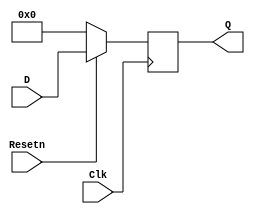
module d_ff (Clk, D, Resetn, Q);
  parameter bitwidth = 8;
  input Clk, Resetn;
  input [bitwidth-1:0] D;
  output [bitwidth-1:0] Q;
	reg [bitwidth-1:0] Q;

  always @(posedge Clk) begin
    if (!Resetn) begin
      Q <= 0;
    end
    else begin
      Q <= D;
    end
  end
endmodule

module full_adder (A, B, Cin, S, Cout);
  input A, B, Cin;
  output S, Cout;

  assign {Cout, S} = A + B + Cin;
endmodule

module addsub (A, B, MODE, S, OF);
  input [7:0] A, B;
  input MODE;
  output [7:0] S;
  output OF;
  wire [7:0] A_, Carry;

  assign A_ = (MODE) ? ~A + 8'b0000_0001 : A;
  full_adder fa0(A_[0], B[0], 1'b0, S[0], Carry[0]);
  full_adder fa1(A_[1], B[1], Carry[0], S[1], Carry[1]);
  full_adder fa2(A_[2], B[2], Carry[1], S[2], Carry[2]);
  full_adder fa3(A_[3], B[3], Carry[2], S[3], Carry[3]);
  full_adder fa4(A_[4], B[4], Carry[3], S[4], Carry[4]);
  full_adder fa5(A_[5], B[5], Carry[4], S[5], Carry[5]);
  full_adder fa6(A_[6], B[6], Carry[5], S[6], Carry[6]);
  full_adder fa7(A_[7], B[7], Carry[6], S[7], Carry[7]);
  assign OF = ((A_[7] == B[7]) && (Carry[7] != S[7])) ? 1'b1 : 1'b0;
endmodule

module addsub_8bit (Clk, A, MODE, Resetn, S, OF);
  input Clk, MODE, Resetn;
  input [7:0] A;
  output [7:0] S;
  output OF;
  wire [7:0] Aout, Sin, Sout;
  wire D, Q;

  d_ff RegA(Clk, A, Resetn, Aout);
  addsub AddSub(Aout, Sout, MODE, Sin, D);
  d_ff RegS(Clk, Sin, Resetn, Sout);
  d_ff #(1) D_FF(Clk, D, Resetn, Q);
  assign S = Sout;
  assign OF = Q;
endmodule